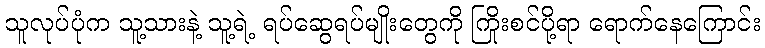
သူလုပ်ပုံက သူ့သားနဲ့ သူ့ရဲ့ ရပ်ဆွေရပ်မျိုးတွေကို ကြိုးစင်ပို့ရာ ရောက်နေကြောင်း